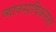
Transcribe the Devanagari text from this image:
व्यावसायिकतेला